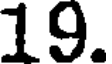
19.